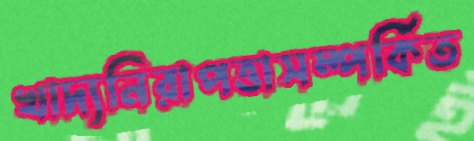
খাদ্যনিরাপত্তাসম্পর্কিত